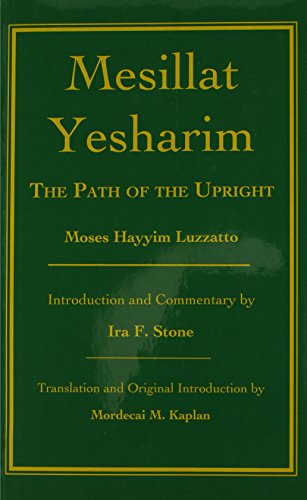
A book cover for Mesillat Yesharim: The Path of the Upright; Moses Hayyim Luzzatto; Religion & Spirituality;